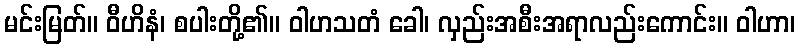
မင်းမြတ်။ ဝီဟိနံ၊ စပါးတို့၏။ ဝါဟသတံ ခေါ၊ လှည်းအစီးအရာလည်းကောင်း။ ဝါဟာ၊